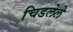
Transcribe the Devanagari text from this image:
चिडलेले